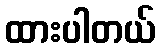
ထားပါတယ်